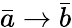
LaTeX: {\bar{a}}\rightarrow{\bar{b}}